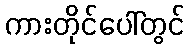
ကားတိုင်ပေါ်တွင်